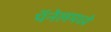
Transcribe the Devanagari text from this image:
पॅनेलमध्ये